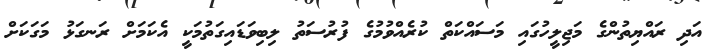
އަދި ރައްޔިތުންގެ މަޖިލީހުގައި މަސައްކަތް ކުރެއްވުމުގެ ފުރުސަތު ލިބިވަޑައިގަތުމަކީ އެކަމަށް ރަނގަޅު މަގަކަށް